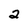
Character: 2